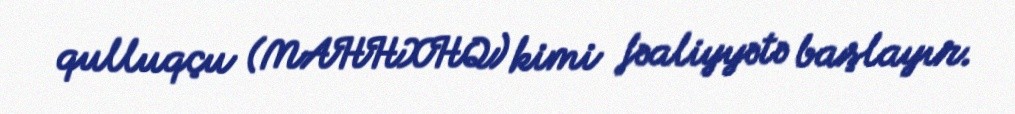
qulluqçu (MAHHXHQ) kimi fəaliyyətə başlayır.